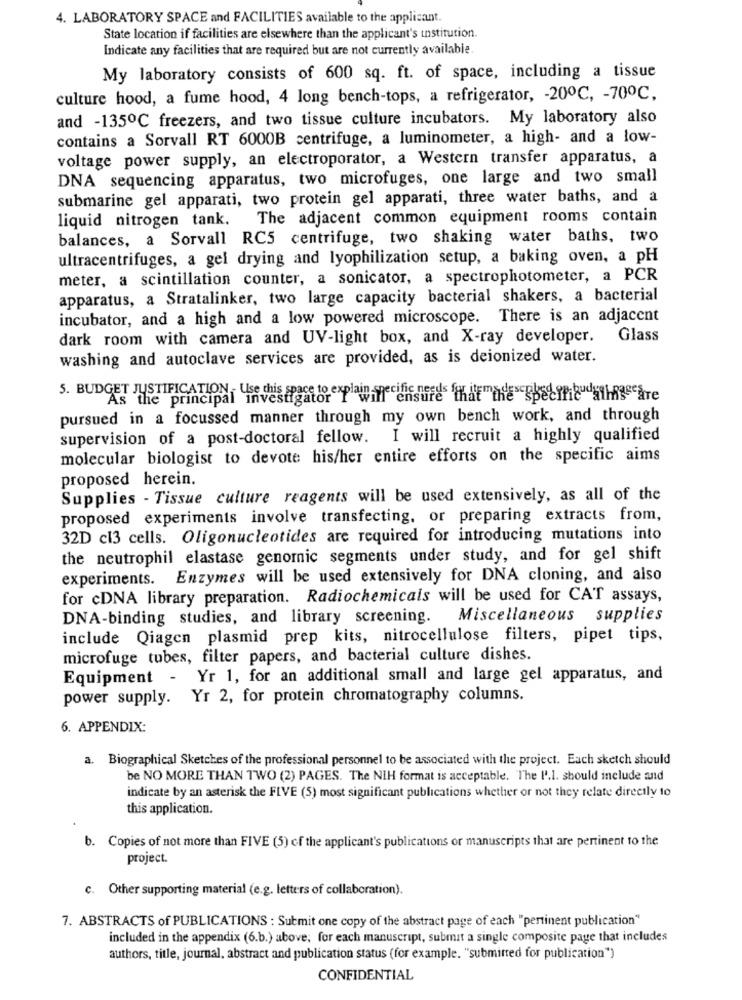
4. LABORATORY SPACE and FACILITIES available to the applicant.
State location if facilities are elsewhere than the applicant's institution.
Indicate any facilities that are required but are not currently available
My laboratory consists of 600 sq. ft. of space, including a tissue
culture hood, a fume hood, 4 long bench-tops, a refrigerator, - 200℃, - 700℃,
and -135℃ freezers, and two tissue culture incubators. My laboratory also
contains a Sorvall RT 6000B centrifuge, a luminometer, a high- and a low-
voltage power supply, an electroporator, a Western transfer apparatus, a
DNA sequencing apparatus, two microfuges, one large and two small
submarine gel apparati, two protein gel apparati, three water baths, and a
liquid nitrogen tank. The adjacent common equipment rooms contain
balances, a Sorvall RCS centrifuge, two shaking water baths, two
ultracentrifuges, a gel drying and lyophilization setup, a baking oven, a pH
meter, a scintillation counter, a sonicator, a spectrophotometer, a PCR
apparatus, a Stratalinker, two large capacity bacterial shakers, a bacterial
incubator, and a high and a low powered microscope. There is an adjacent
dark room with camera and UV-light box, and X-ray developer. Glass
washing and autoclave services are provided, as is deionized water.
5. BUDGET JUSTIFICATION . Use this space to explain
As the principal investigator I will ensure that the Specific ihngeare
pursued in a focussed manner through my own bench work, and through
supervision of a post-doctoral fellow. I will recruit a highly qualified
molecular biologist to devote his/her entire efforts on the specific aims
proposed herein.
Supplies - Tissue culture reagents will be used extensively, as all of the
proposed experiments involve transfecting, or preparing extracts from,
32D cl3 cells. Oligonucleotides are required for introducing mutations into
the neutrophil elastase genomnic segments under study, and for gel shift
experiments. Enzymes will be used extensively for DNA cloning, and also
for cDNA library preparation. Radiochemicals will be used for CAT assays,
DNA-binding studies, and library screening. Miscellaneous supplies
include Qiagen plasmid prep kits, nitrocellulose filters, pipet tips,
microfuge tubes, filter papers, and bacterial culture dishes.
Equipment - Yr 1, for an additional small and large gel apparatus, and
power supply. Yr 2, for protein chromatography columns.
6. APPENDIX:
a. Biographical Sketches of the professional personnel to be associated with the project. Each sketch should
be NO MORE THAN TWO (2) PAGES. The NIH format is acceptable. The I'.1. should include and
indicate by an asterisk the FIVE (5) most significant publications whether or not they relate directly to
this application.
b. Copies of not more than FIVE (5) of the applicant's publications or manuscripts that are pertinent to the
project
c. Other supporting material (e.g. letters of collaboration).
7. ABSTRACTS of PUBLICATIONS : Submit one copy of the abstract page of each "pertinent publication"
included in the appendix (6.b.) above, for each manuscript, submit a single composite page that includes
authors, title, journal, abstract and publication status (for example. "submirred for publication")
CONFIDENTIAL